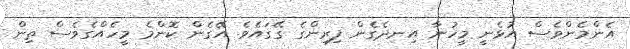
އެންމެންވެސް އުޅެނީ މީހުނާ އިނދެގެން ފިރިންގެ ގޭގައެވެ. އޭގެން ކޮންމެ މީހެއްގެވެސް ތިން